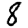
Digit: 8